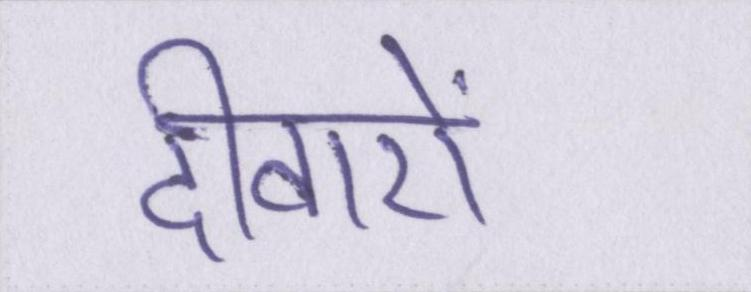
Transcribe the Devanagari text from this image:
दीवारों